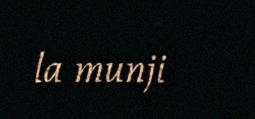
la munji